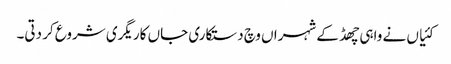
کئیاں نے واہی چھڈ کے شہراں وچ دستکاری جاں کاریگری شروع کر دتی۔